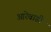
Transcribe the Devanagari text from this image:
आरेवाडी